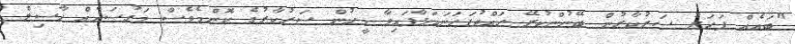
"ބައެއް ފަހަރު ސަރުކާރުން ބޭނުންކުރޭ ހައްދުފަހަނައަޅާފައިވާ މީހުން ސަރުކާރުގެ ކޮންމެވެސް މަގުސަދެއް ހާސިލް